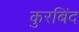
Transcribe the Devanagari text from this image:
कुरबिंद